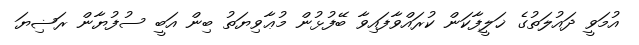
އުމަވީ ދައުލަތުގެ ޚަލީފާކަން ކުރައްވާފައިވާ ބޭފުޅުން މުޢާވިޔަތު ބިން އަބީ ސުފުޔާން ރަޟިޔަ